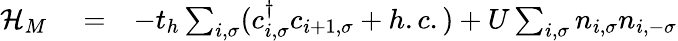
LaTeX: \begin{array}{rlr}{{\cal H}_{M}}&{{}=}&{-t_{h}\sum_{i,\sigma}(c_{i,\sigma}^{\dagger}c_{i+1,\sigma}+h.c.)+U\sum_{i,\sigma}n_{i,\sigma}n_{i,-\sigma}}\end{array}